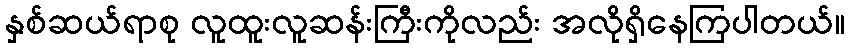
နှစ်ဆယ်ရာစု လူထူးလူဆန်းကြီးကိုလည်း အလိုရှိနေကြပါတယ်။